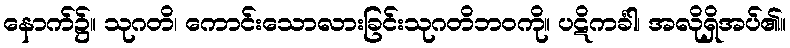
နောက်၌။ သုဂတိ၊ ကောင်းသောလားခြင်းသုဂတိဘဝကို။ ပဋိကင်္ခါ၊ အလိုရှိအပ်၏။